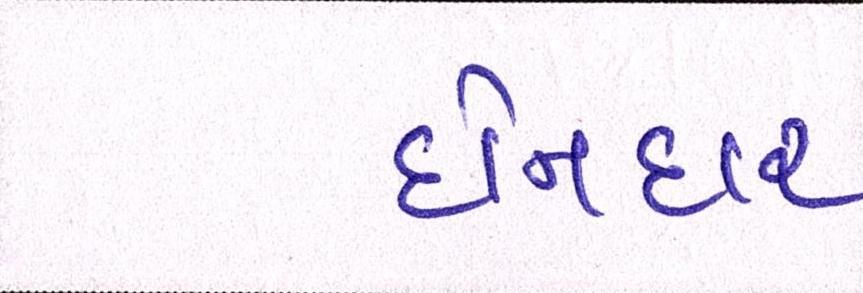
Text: દોનદાર